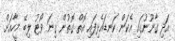
އަދި ގާނޫނުގައި އެކަން ކަނޑައެޅިފައި އޮތް ގޮތުން ގިނަ ވޯޓު ލިބޭ މީހާއަށް